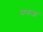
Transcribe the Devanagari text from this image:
मनाआ